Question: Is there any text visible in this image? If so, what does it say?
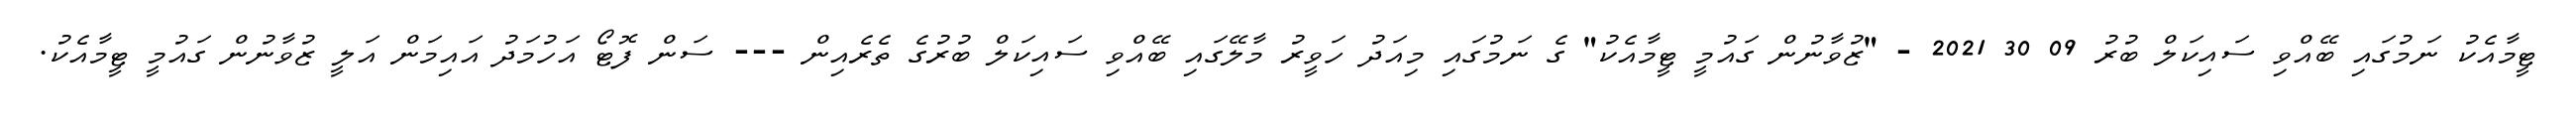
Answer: ޓީމާއެކު ނަމުގައި ބޭއްވި ސައިކަލް ބުރު 09 30 2021 - "ޒުވާނުން ގައުމީ ޓީމާއެކު" ގެ ނަމުގައި މިއަދު ހަވީރު މާލޭގައި ބޭއްވި ސައިކަލް ބުރުގެ ތެރެއިން --- ސަން ފޮޓޯ އަހުމަދު އައިމަން އަލީ ޒުވާނުން ގައުމީ ޓީމާއެކު.